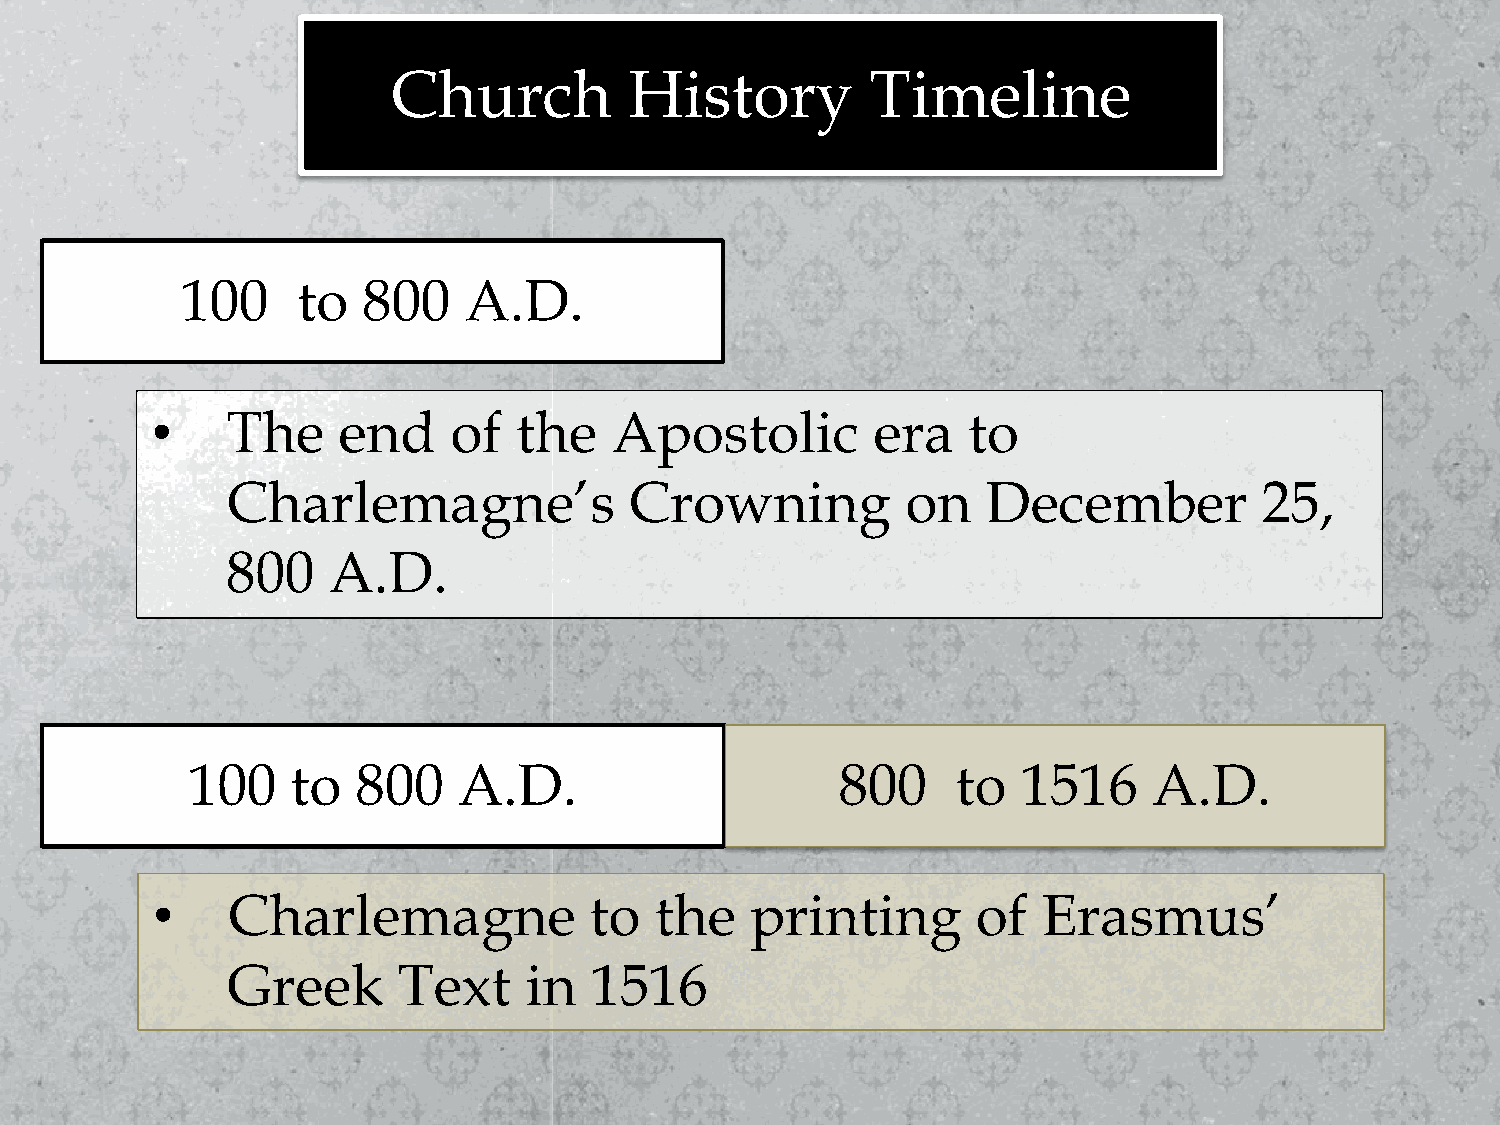
Church          History         Timeline
 100     to  800    A.D.
 •    The    end     of  the   Apostolic         era   to
 Charlemagne’s              Crowning          on   December           25,
 800    A.D.
 100    to   800   A.D.                      800    to   1516    A.D.
 •    Charlemagne             to  the    printing       of  Erasmus’
 Greek      Text     in  1516